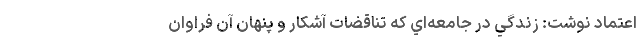
اعتماد نوشت: زندگي در جامعه‌اي كه تناقضات آشكار و پنهان آن فراوان